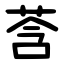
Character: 莟